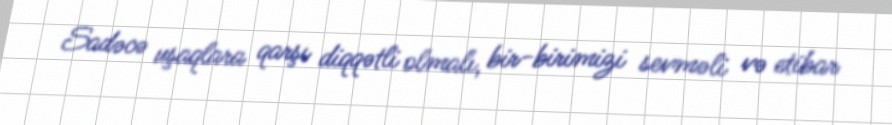
Sadəcə uşaqlara qarşı diqqətli olmalı, bir-birimizi sevməli və etibar